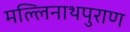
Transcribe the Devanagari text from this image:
मल्लिनाथपुराण